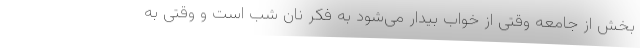
بخش از جامعه وقتی از خواب بیدار می‌شود به فکر نان شب است و وقتی به